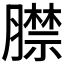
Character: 𦡞